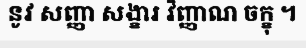
នូវ សញ្ញា សង្ខារ វិញ្ញាណ ចក្ខុ ។